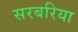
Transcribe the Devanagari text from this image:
सरबरिया